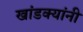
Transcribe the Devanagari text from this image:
खांडक्यांनी